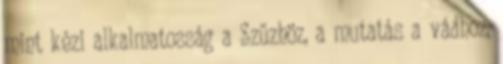
mint kézi alkalmatosság a Szűzhöz, a mutatás a vádhoz,